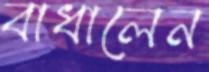
বাধালেন